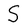
Character: S